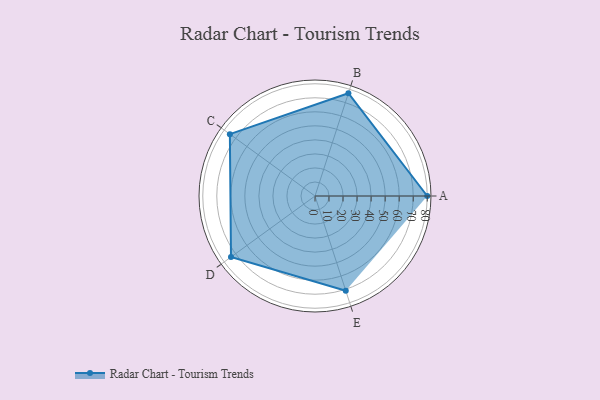
{"axis": {"x": "Skill", "y": "Score"}, "legend": ["Profile"], "data": [{"x": "A", "y": 80.0, "type": "Profile"}, {"x": "B", "y": 77.0, "type": "Profile"}, {"x": "C", "y": 75.0, "type": "Profile"}, {"x": "D", "y": 74.0, "type": "Profile"}, {"x": "E", "y": 71.0, "type": "Profile"}]}